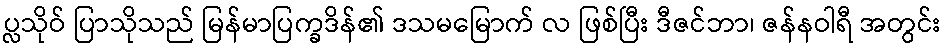
ပ္လသိုဝ် ပြာသိုသည် မြန်မာပြက္ခဒိန်၏ ဒသမမြောက် လ ဖြစ်ပြီး ဒီဇင်ဘာ၊ ဇန်နဝါရီ အတွင်း